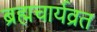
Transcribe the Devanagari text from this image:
ब्रह्मचार्यव्रत